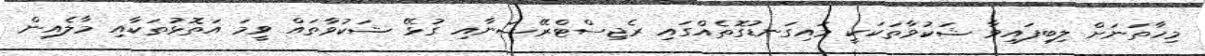
މިހާތަނަށް ލިބިފައިވާ ޝަކުވާތަކަކީ މައިގަނޑުގޮތެއްގައި ރެޖިސްޓްރޭޝަނާއި ގުޅޭ ޝަކުވާތައް ވީމަ އަތޮޅުތަކާއި މާލެއިން